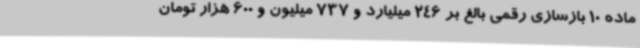
ماده 10 بازسازی رقمی بالغ بر 246 میلیارد و 737 میلیون و 600 هزار تومان